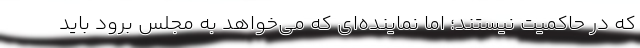
که در حاکمیت نیستند؛ اما نماینده‌ای که ‌می‌خواهد به مجلس برود باید